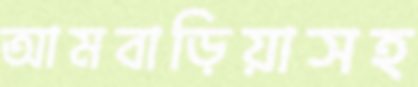
আমবাড়িয়াসহ